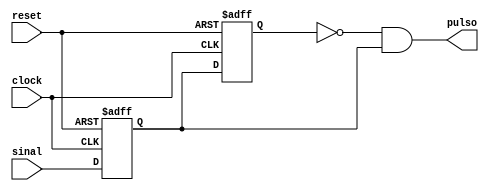
/*

    Modulo disponibilizado pelos professores

*/
 module edge_detector (
    input  clock,
    input  reset,
    input  sinal,
    output pulso
);

    reg reg0;
    reg reg1;

    always @(posedge clock or posedge reset) begin
        if (reset) begin
            reg0 <= 1'b0;
            reg1 <= 1'b0;
        end else if (clock) begin
            reg0 <= sinal;
            reg1 <= reg0;
        end
    end

    assign pulso = ~reg1 & reg0;

endmodule